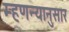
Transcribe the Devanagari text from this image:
म्हणन्यानुसार